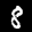
Label: 8